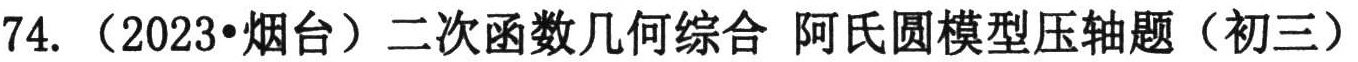
74. （2023•烟台）二次函数几何综合 阿氏圆模型压轴题（初三）